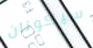
سيكونان